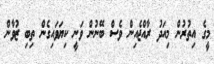
މީގެ އިތުރުން މިއަދު ރާއްޖެއިން ވެސް ބޭނުން ވަނީ ކިޔަވައިގެން ތިބި ޒުވާން